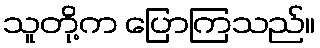
သူတို့က ပြောကြသည်။